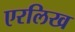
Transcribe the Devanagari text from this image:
एरलिख